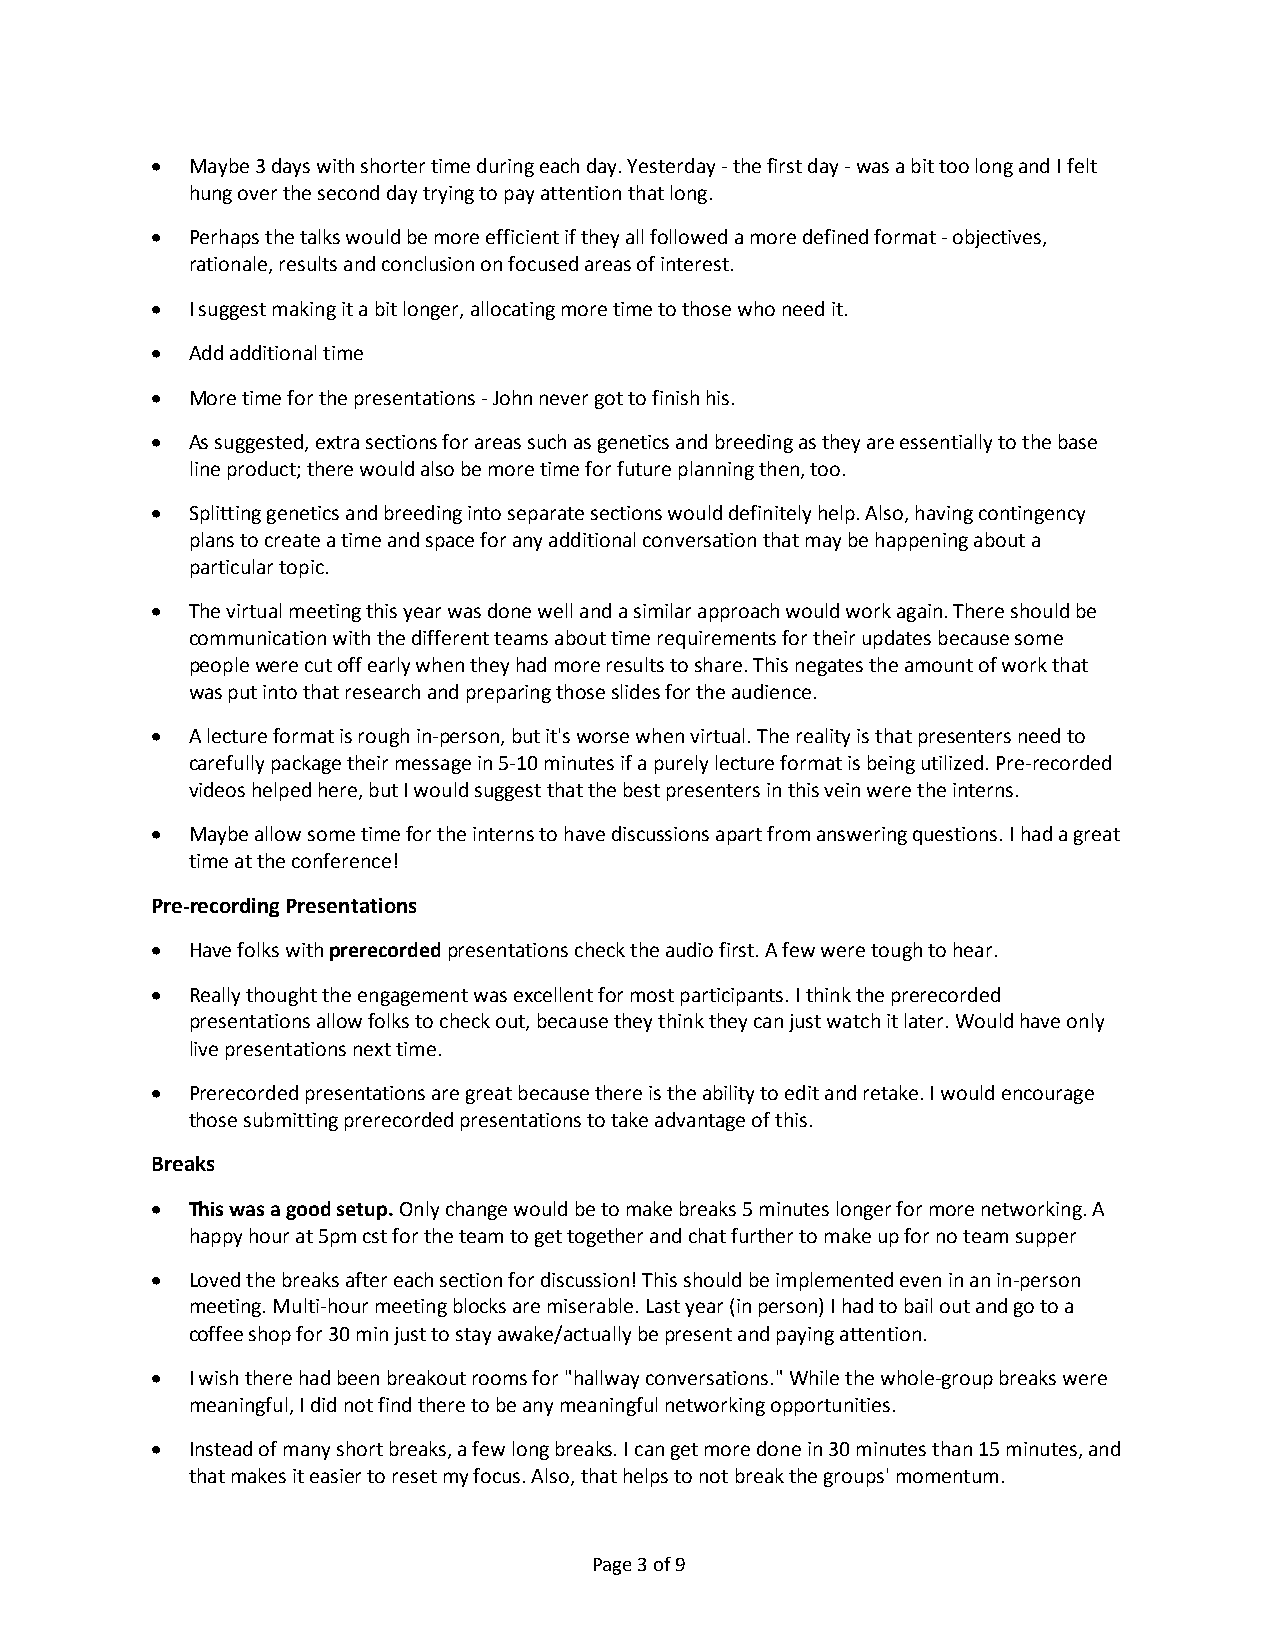
• Maybe 3 days with shorter time during each day. Yesterday - the first day - was a bit too long and I felt
 hung over the second day trying to pay attention that long.
 • Perhaps the talks would be more efficient if they all followed a more defined format - objectives,
 rationale, results and conclusion on focused areas of interest.
 • I suggest making it a bit longer, allocating more time to those who need it.
 • Add additional time
 • More time for the presentations - John never got to finish his.
 • As suggested, extra sections for areas such as genetics and breeding as they are essentially to the base
 line product; there would also be more time for future planning then, too.
 • Splitting genetics and breeding into separate sections would definitely help. Also, having contingency
 plans to create a time and space for any additional conversation that may be happening about a
 particular topic.
 • The virtual meeting this year was done well and a similar approach would work again. There should be
 communication with the different teams about time requirements for their updates because some
 people were cut off early when they had more results to share. This negates the amount of work that
 was put into that research and preparing those slides for the audience.
 • A lecture format is rough in-person, but it's worse when virtual. The reality is that presenters need to
 carefully package their message in 5-10 minutes if a purely lecture format is being utilized. Pre-recorded
 videos helped here, but I would suggest that the best presenters in this vein were the interns.
 • Maybe allow some time for the interns to have discussions apart from answering questions. I had a great
 time at the conference!
 Pre-recording Presentations
 • Have folks with prerecorded presentations check the audio first. A few were tough to hear.
 • Really thought the engagement was excellent for most participants. I think the prerecorded
 presentations allow folks to check out, because they think they can just watch it later. Would have only
 live presentations next time.
 • Prerecorded presentations are great because there is the ability to edit and retake. I would encourage
 those submitting prerecorded presentations to take advantage of this.
 Breaks
 • This was a good setup. Only change would be to make breaks 5 minutes longer for more networking. A
 happy hour at 5pm cst for the team to get together and chat further to make up for no team supper
 • Loved the breaks after each section for discussion! This should be implemented even in an in-person
 meeting. Multi-hour meeting blocks are miserable. Last year (in person) I had to bail out and go to a
 coffee shop for 30 min just to stay awake/actually be present and paying attention.
 • I wish there had been breakout rooms for "hallway conversations." While the whole-group breaks were
 meaningful, I did not find there to be any meaningful networking opportunities.
 • Instead of many short breaks, a few long breaks. I can get more done in 30 minutes than 15 minutes, and
 that makes it easier to reset my focus. Also, that helps to not break the groups' momentum.
 Page 3 of 9